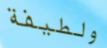
ولطيفة